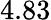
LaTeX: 4.83